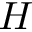
H